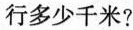
行多少千米?